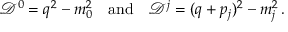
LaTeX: { \mathcal D } ^ { 0 } = q ^ { 2 } - m _ { 0 } ^ { 2 } \quad \mathrm { a n d } \quad { \mathcal D } ^ { j } = ( q + p _ { j } ) ^ { 2 } - m _ { j } ^ { 2 } \, .